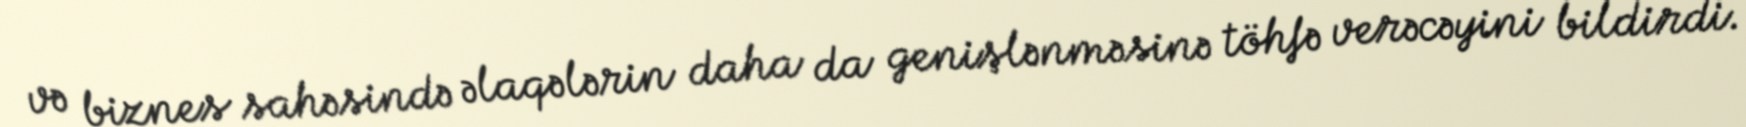
və biznes sahəsində əlaqələrin daha da genişlənməsinə töhfə verəcəyini bildirdi.